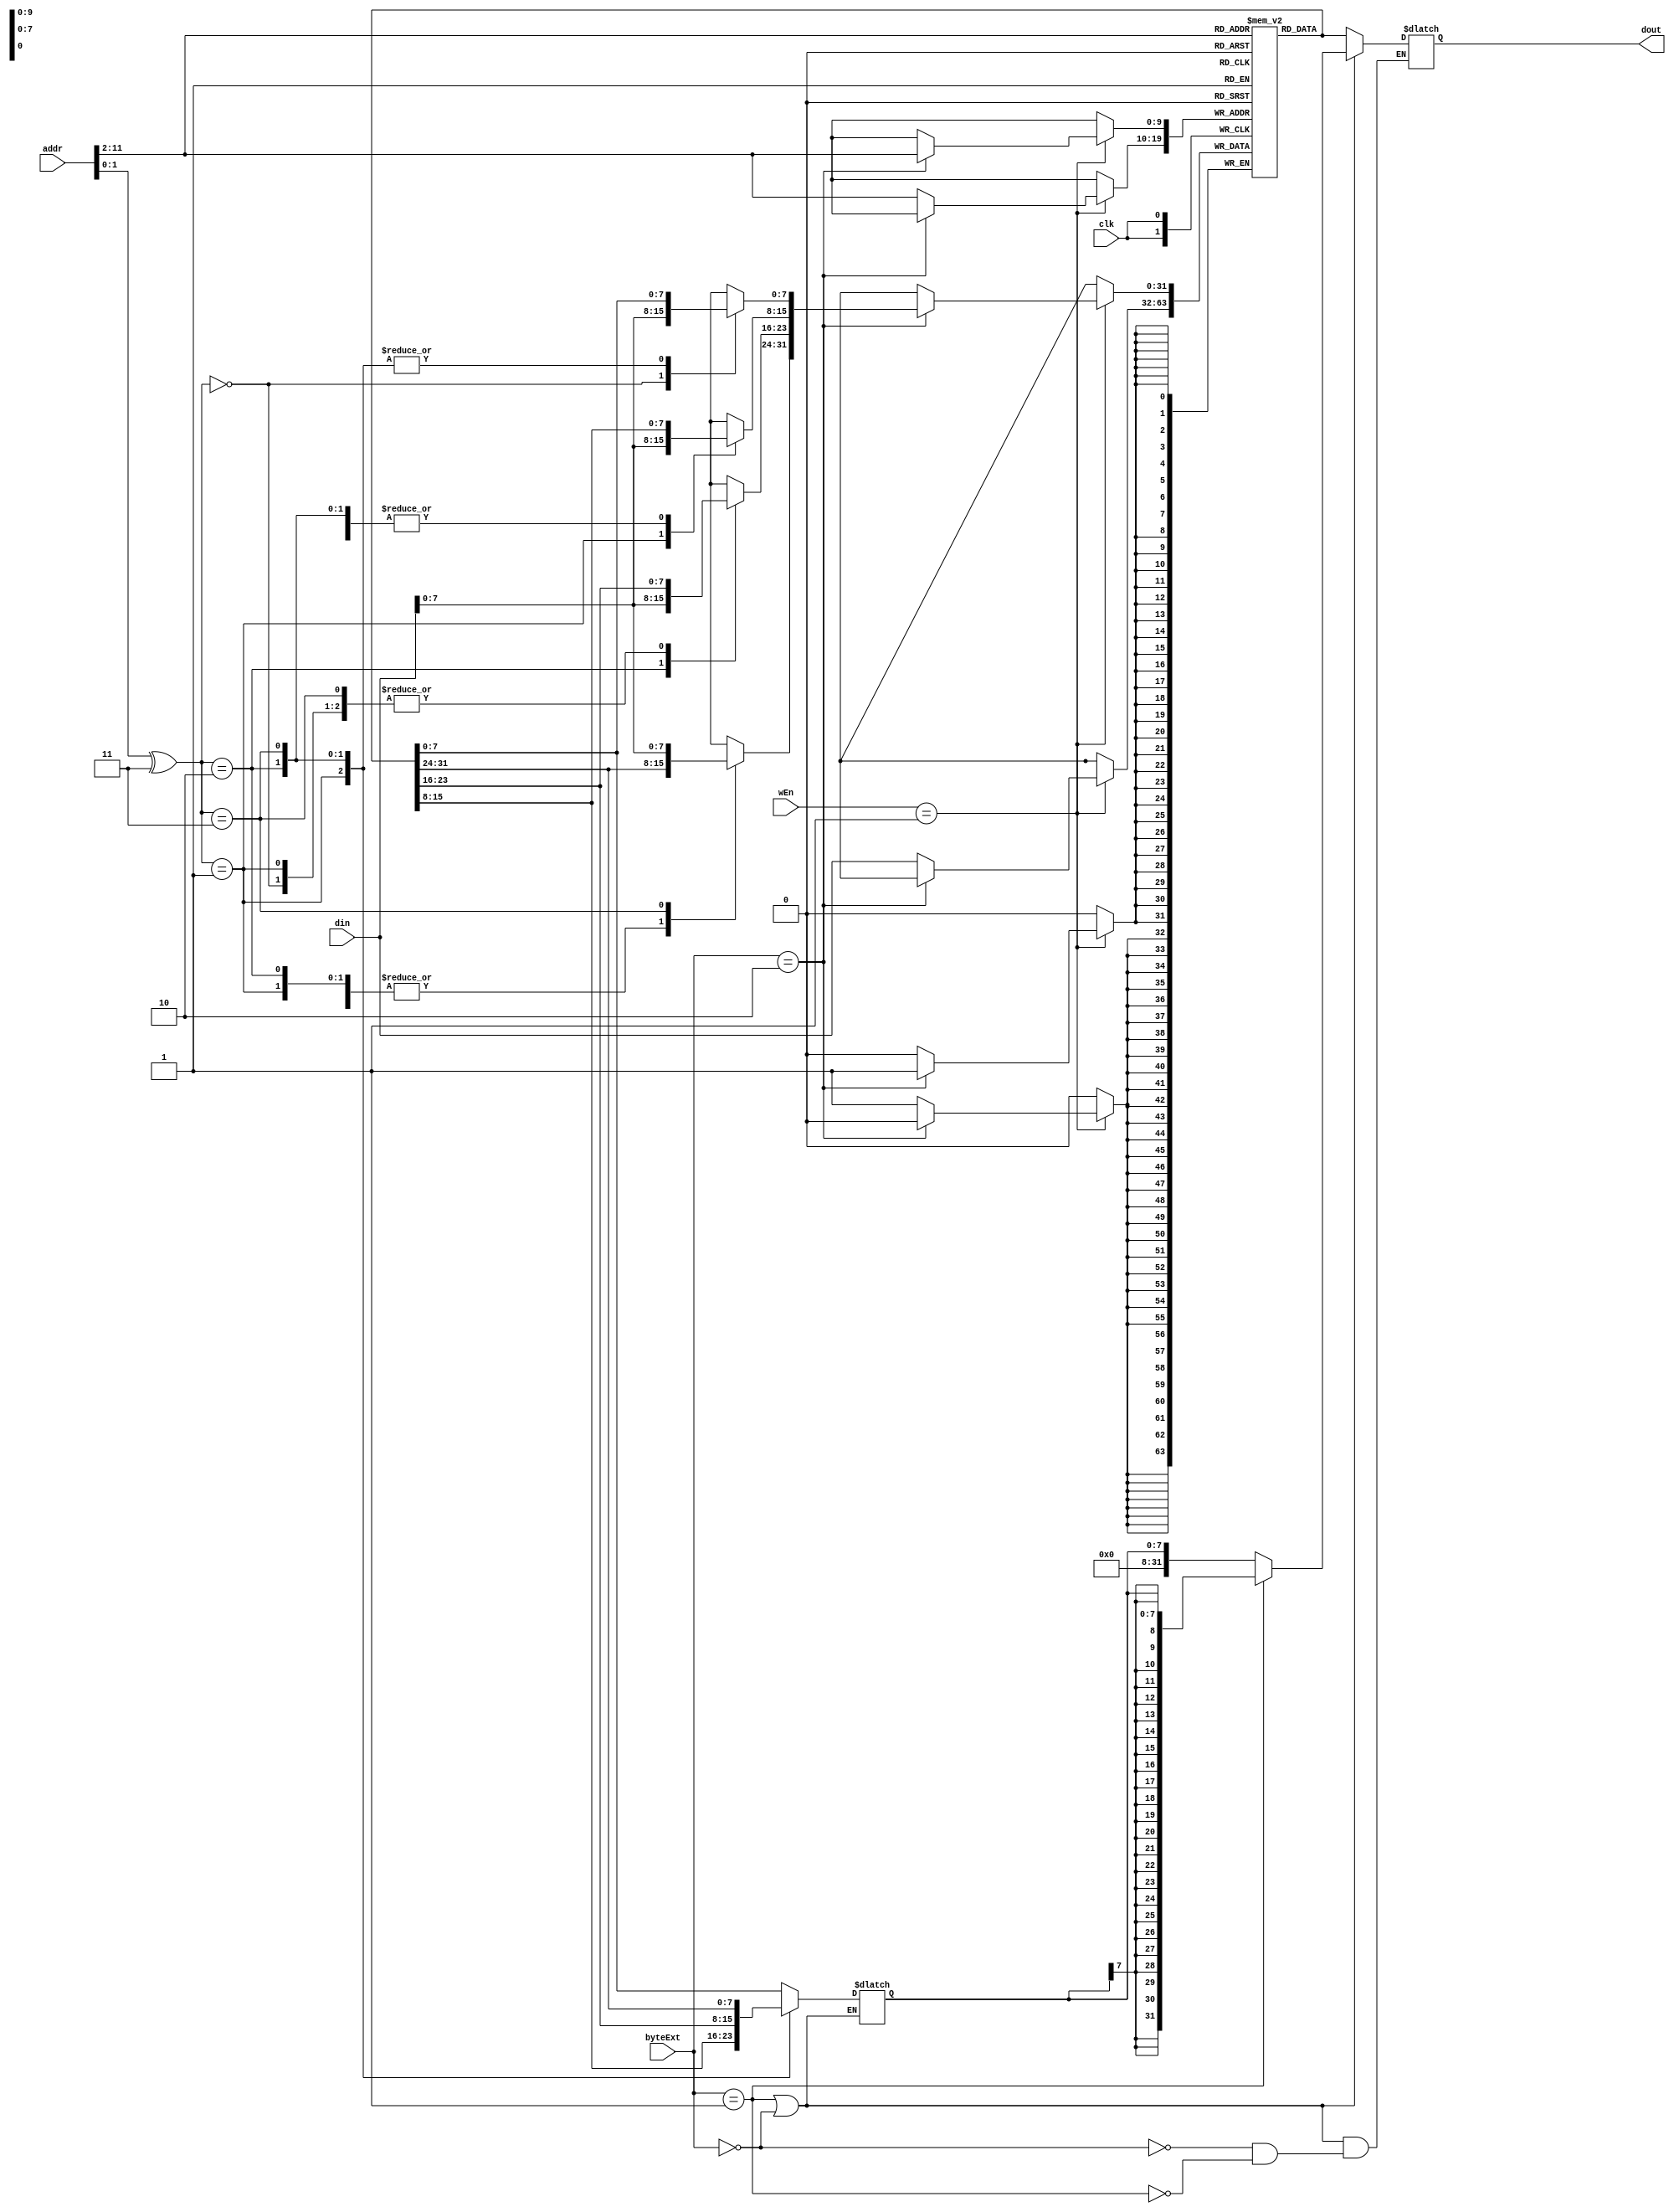
module dm_4k (addr, din, byteExt, wEn, clk, dout);
	input 		[11:0] 	addr;
	input 		[31:0] 	din;
	input 		[1:0]	byteExt;
	input  		[1:0]	wEn;
	input 				clk;
	output  reg	[31:0] 	dout;

	reg [31:0] dm [1023:0];// 32-bit*1024;

	wire 	[1:0]	byteSel;
	wire	[9:0]	gpAddr;

	reg 	[7:0]	byteIn;
	reg 	[31:0] 	tmpReg;

	assign byteSel 	= addr[1:0] ^ 2'b11;// Big endian.
	assign gpAddr 	= addr[11:2];

	always @ ( * ) begin
		if (byteExt == 2'b01 || byteExt == 2'b00) begin// Load byte.
			case (byteSel)
				2'b00: byteIn <= dm[gpAddr][7:0];
				2'b01: byteIn <= dm[gpAddr][15:8];
				2'b10: byteIn <= dm[gpAddr][23:16];
				2'b11: byteIn <= dm[gpAddr][31:24];
			endcase
			case (byteExt)// Embedded extender.
				2'b00: dout <= {{24{1'b0}}, byteIn};// Logical Cal;
				2'b01: dout <= {{24{byteIn[7]}}, byteIn};// Arithmetic Cal;
			endcase
		end else begin
			dout = dm[gpAddr][31:0];// Load word.
		end
	end


	always @ ( posedge clk ) begin// Write;
		if (wEn == 2'b01) begin
			if (byteExt == 2'b10) begin// Store byte.
				tmpReg = dm[gpAddr][31:0];
				case (byteSel)
					2'b00: tmpReg[7:0] 		= din[7:0];
					2'b01: tmpReg[15:8] 	= din[7:0];
					2'b10: tmpReg[23:16] 	= din[7:0];
					2'b11: tmpReg[31:24] 	= din[7:0];
				endcase
				dm[gpAddr][31:0] = tmpReg[31:0];
			end else begin// Store word.
				dm[gpAddr][31:0] = din[31:0];
			end
		end
	end
endmodule